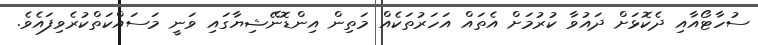
ސުހާޓޯއާއި ދެކޮޅަށް ދައުވާ ކުރުމަށް އެތައް އަހަރުތަކެއް މަތިން އިންޑޮނޭޝިޔާގައި ވަނީ މަސައްކަތްކުރެވިފައެވެ.